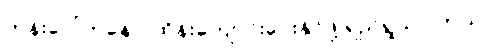
ကုန်းပေါ်ကနေပဲ ထိန်းကျောင်းပေးနိုင်ဖို့ ရည်ရွယ်ပါတယ်။